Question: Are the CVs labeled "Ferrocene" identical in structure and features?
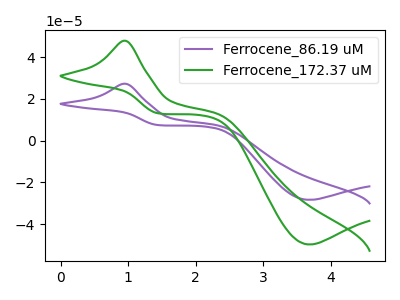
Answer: <think>The purple curve "Ferrocene_86.19 uM" has an anodic peak at (0.95V, 27.30uA) and a cathodic peak at (3.70V, -28.35uA). The green curve "Ferrocene_172.37 uM" has an anodic peak at (0.95V, 47.90uA) and a cathodic peak at (3.70V, -49.75uA).
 All the peaks in "Ferrocene_86.19 uM" have a peak in "Ferrocene_172.37 uM" at the same potential. Every peak in "Ferrocene_86.19 uM" is lower than every peak in "Ferrocene_172.37 uM".</think>
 <answer>All the CV's of "Ferrocene" have similar shape.</answer>
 <eval>follow_rule</eval>